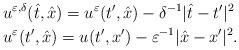
LaTeX: \begin{align*}&u^{\varepsilon,\delta}(\hat{t},\hat{x})=u^\varepsilon(t',\hat{x})-\delta^{-1}|\hat{t}-t'|^2\quad\\&u^\varepsilon(t',\hat{x})=u(t',x')-\varepsilon^{-1}|\hat{x}-x'|^2.\end{align*}